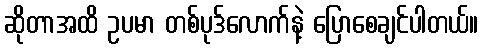
ဆိုတာအထိ ဥပမာ တစ်ပုဒ်လောက်နဲ့ ပြောစေချင်ပါတယ်။